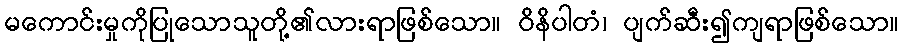
မကောင်းမှုကိုပြုသောသူတို့၏လားရာဖြစ်သော။ ဝိနိပါတံ၊ ပျက်ဆီး၍ကျရာဖြစ်သော။